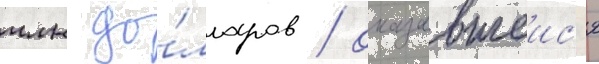
млн до́лларов / оказавшеис'я